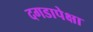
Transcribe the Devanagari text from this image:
दगडापेक्षा